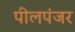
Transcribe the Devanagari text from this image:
पीलपंजर